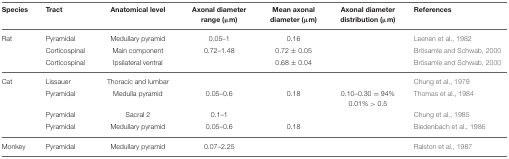
<table><thead><tr><td><b>Species</b></td><td><b>Tract</b></td><td><b>Anatomical level</b></td><td><b>Axonal diameter range (μm)</b></td><td><b>Mean axonal diameter (μm)</b></td><td><b>Axonal diameter distribution (μm)</b></td><td><b>References</b></td></tr></thead><tbody><tr><td>Rat</td><td>Pyramidal</td><td>Medullary pyramid</td><td>0.05–1</td><td>0.16</td><td></td><td>Leenen et al., 1982</td></tr><tr><td></td><td>Corticospinal</td><td>Main component</td><td>0.72–1.48</td><td>0.72 ± 0.05</td><td></td><td>Brösamle and Schwab, 2000</td></tr><tr><td></td><td>Corticospinal</td><td>Ipsilateral ventral</td><td></td><td>0.68 ± 0.04</td><td></td><td>Brösamle and Schwab, 2000</td></tr><tr><td>Cat</td><td>Lissauer</td><td>Thoracic and lumbar</td><td></td><td></td><td></td><td>Chung et al., 1979</td></tr><tr><td></td><td>Pyramidal</td><td>Medulla pyramid</td><td>0.05–0.6</td><td>0.18</td><td>0.10–0.30 = 94% 0.01% &gt; 0.5</td><td>Thomas et al., 1984</td></tr><tr><td></td><td>Pyramidal</td><td>Sacral 2</td><td>0.1–1</td><td></td><td></td><td>Chung et al., 1985</td></tr><tr><td></td><td>Pyramidal</td><td>Medullary pyramid</td><td>0.05–0.6</td><td>0.18</td><td></td><td>Biedenbach et al., 1986</td></tr><tr><td>Monkey</td><td>Pyramidal</td><td>Medullary pyramid</td><td>0.07–2.25</td><td></td><td></td><td>Ralston et al., 1987</td></tr></tbody></table>